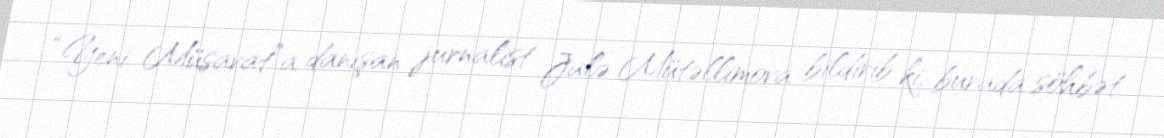
“Yeni Müsavat”a danışan jurnalist Jalə Mütəllimova bildirib ki, burada söhbət